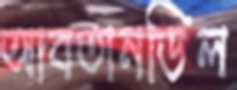
আবতানডিল